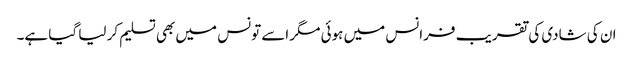
ان کی شادی کی تقریب فرانس میں ہوئی مگر اسے تونس میں بھی تسلیم کر لیا گیا ہے۔